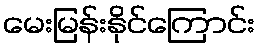
မေးမြန်းနိုင်ကြောင်း